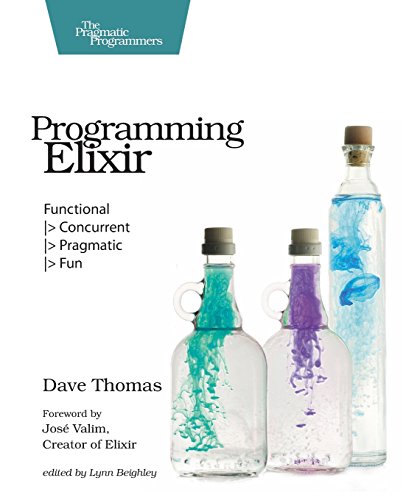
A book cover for Programming Elixir: Functional |> Concurrent |> Pragmatic |> Fun; Dave Thomas; Computers & Technology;